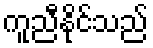
ကူညီနိုင်သည်